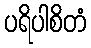
ပရိပါစိတံ